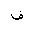
Letter: _fa